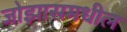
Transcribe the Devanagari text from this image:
जोझासमधील